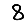
Digit: 8